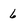
Character: 6